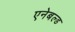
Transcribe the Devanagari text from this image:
एनेबल्‍ड